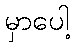
မှာပေါ့